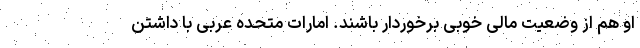
او هم از وضعیت مالی خوبی برخوردار باشند. امارات متحده عربی با داشتن